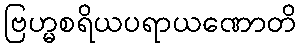
ဗြဟ္မစရိယပရာယဏောတိ